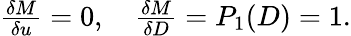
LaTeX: \begin{array}{r}{\frac{\delta M}{\delta u}=0,\quad\frac{\delta M}{\delta D}=P_{1}(D)=1.}\end{array}